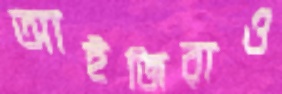
আইজিরাও